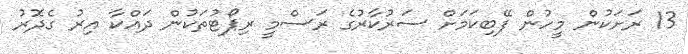
13 ރަށަކުން މީހުން ފޭބިކަމަށް ސަރުކާރުގެ ރަސްމީ ރިޕޯޓުތަކުން ދައްކާ އިރު ގެދޮރު